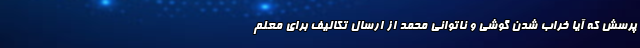
پرسش که آیا خراب شدن گوشی و ناتوانی محمد از ارسال تکالیف برای معلم